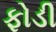
ફોડી